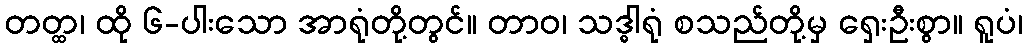
တတ္ထ၊ ထို ၆-ပါးသော အာရုံတို့တွင်။ တာဝ၊ သဒ္ဓါရုံ စသည်တို့မှ ရှေးဦးစွာ။ ရူပံ၊